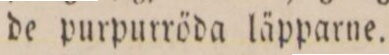
de purpurröda läpparne.